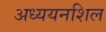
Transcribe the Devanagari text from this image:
अध्ययनशिल